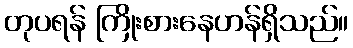
တုပရန် ကြိုးစားနေဟန်ရှိသည်။